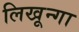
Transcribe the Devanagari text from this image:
लिखून्गा